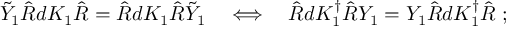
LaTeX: \tilde { Y } _ { 1 } \hat { R } d K _ { 1 } \hat { R } = \hat { R } d K _ { 1 } \hat { R } \tilde { Y } _ { 1 } \quad \Longleftrightarrow \quad \hat { R } d K _ { 1 } ^ { \dagger } \hat { R } Y _ { 1 } = Y _ { 1 } \hat { R } d K _ { 1 } ^ { \dagger } \hat { R } \; ;